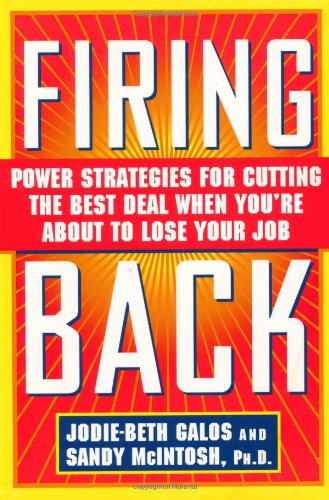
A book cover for Firing Back: Power Strategies for Cutting the Best Deal When You're About to Lose Your Job; Jodie-Beth Galos; Business & Money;